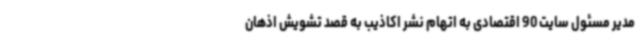
مدیر مسئول سایت 90 اقتصادی به اتهام نشر اکاذیب به قصد تشویش اذهان